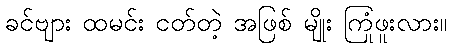
ခင်ဗျား ထမင်း ငတ်တဲ့ အဖြစ် မျိုး ကြုံဖူးလား။